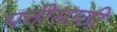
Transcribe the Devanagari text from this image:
पतीसाठी